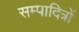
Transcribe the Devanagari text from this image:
सम्पादित्रों